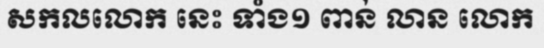
សកលលោក នេះ ទាំង១ ពាន់ លាន លោក